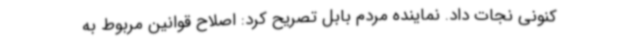
کنونی نجات داد. نماینده مردم بابل تصریح کرد: اصلاح قوانین مربوط به